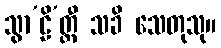
သွာ’ဠိ’တ္ထီ သခိ သေတုသု။